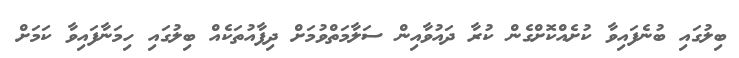
ބިލުގައި ބުނެފައިވާ ކުށެއްކޮށްގެން ކުރާ ދައުވާއިން ސަލާމަތްވުމަށް ދިފާއުތަކެއް ބިލުގައި ހިމަނާފައިވާ ކަމަށް